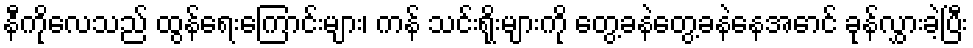
နီကိုလေသည် ထွန်ရေးကြောင်းများ၊ ကန် သင်းရိုးများကို တွေ့ခနဲတွေ့ခနဲနေအောင် ခုန်လွှားခဲ့ပြီး